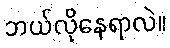
ဘယ်လိုနေရာလဲ။